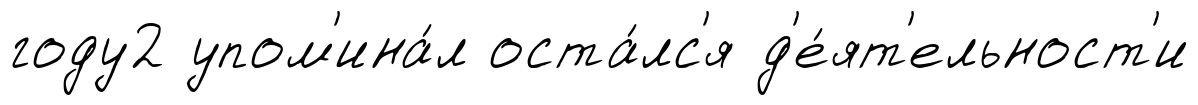
году2 упом'ина́л оста́лс'я д'е́ят'ельност'и